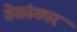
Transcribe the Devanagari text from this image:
तेसंस्कार